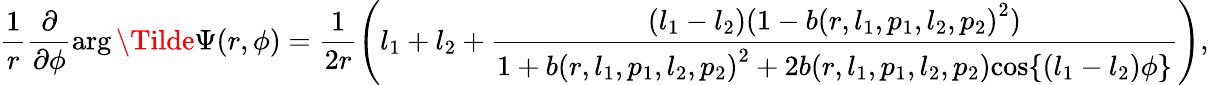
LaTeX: \frac{1}{r}\frac{\partial}{\partial{\phi}}{\arg{\Tilde{\Psi}(r,\phi)}}=\frac{1}{2r}\left(l_{1}+l_{2}+\frac{(l_{1}-l_{2})(1-{b(r,l_{1},p_{1},l_{2},p_{2})}^{2})}{1+{b(r,l_{1},p_{1},l_{2},p_{2})}^{2}+2{b(r,l_{1},p_{1},l_{2},p_{2})}{\cos\{ (l_{1}-l_{2})\phi\} }}\right),